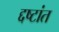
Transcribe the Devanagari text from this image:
द्दष्टांत